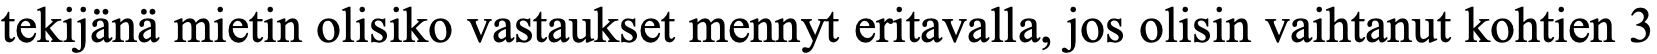
tekijänä mietin olisiko vastaukset mennyt eritavalla, jos olisin vaihtanut kohtien 3